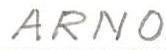
ARNO